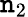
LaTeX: \mathtt{n}_{2}